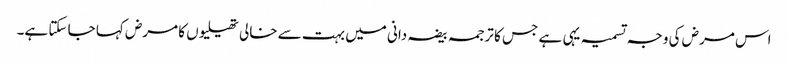
اس مرض کی وجہ تسمیہ یہی ہے جس کا ترجمہ بیضہ دانی میں بہت سے خالی تھیلیوں کا مرض کہا جا سکتا ہے۔